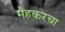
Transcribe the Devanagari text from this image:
मेहकरचा